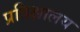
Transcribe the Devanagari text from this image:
प्रतिक्षालय